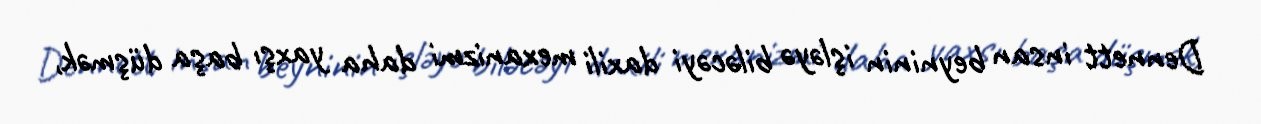
Dennett insan beyninin işləyə biləcəyi daxili mexanizmi daha yaxşı başa düşmək,